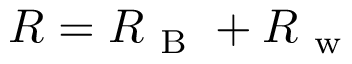
R = R _ { \mathrm { ~ B ~ } } + R _ { \mathrm { ~ w ~ } }